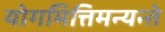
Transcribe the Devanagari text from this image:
योगमित्तिमन्यन्ते